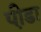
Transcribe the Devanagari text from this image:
प़ीडा